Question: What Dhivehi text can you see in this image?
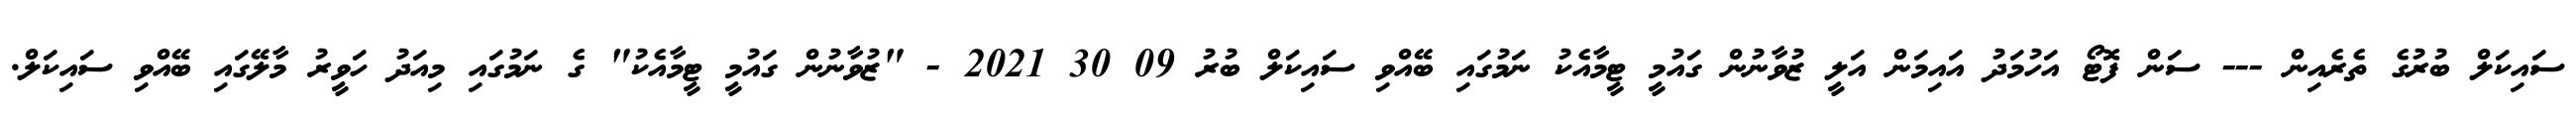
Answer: ސައިކަލް ބުރުގެ ތެރެއިން --- ސަން ފޮޓޯ އަހުމަދު އައިމަން އަލީ ޒުވާނުން ގައުމީ ޓީމާއެކު ނަމުގައި ބޭއްވި ސައިކަލް ބުރު 09 30 2021 - "ޒުވާނުން ގައުމީ ޓީމާއެކު" ގެ ނަމުގައި މިއަދު ހަވީރު މާލޭގައި ބޭއްވި ސައިކަލް.